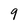
Character: 9